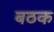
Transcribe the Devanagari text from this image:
बठक